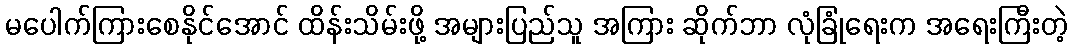
မပေါက်ကြားစေနိုင်အောင် ထိန်းသိမ်းဖို့ အများပြည်သူ အကြား ဆိုက်ဘာ လုံခြုံရေးက အရေးကြီးတဲ့